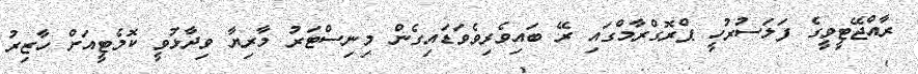
ރާއްޖޭޓީވީގެ ފަލަސުރުހީ ޕްރޮގްރާމްގައި ރޭ ބައިވެރިވެވަޑައިގެން މިނިސްޓަރު މާރިޔާ ވިދާޅުވީ ކޮމެޓީއަށް ހާޒިރު